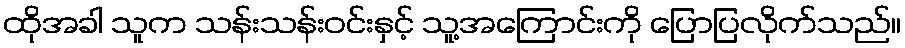
ထိုအခါ သူက သန်းသန်းဝင်းနှင့် သူ့အကြောင်းကို ပြောပြလိုက်သည်။